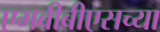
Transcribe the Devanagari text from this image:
एमबीबीएसच्या